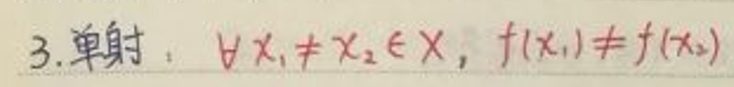
3.单射:$\forall x_{1}\neq x_{2}\in X,f(x_{1})\neq f(x_{2})$